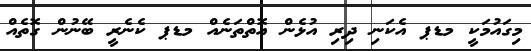
މިގައުމަކީ މޑޕ އެކަނި ދިރި އުޅެން އޮތްތަނެއް މޑޕ ކެނެރީ ބޭނުން ގޮތެއް